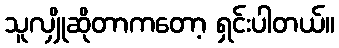
သူလျှိုဆိုတာကတော့ ရှင်းပါတယ်။